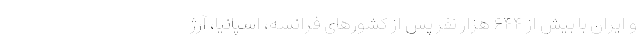
و ایران با بیش از ۶۴۴ هزار نفر پس از کشورهای فرانسه، اسپانیا، آرژ